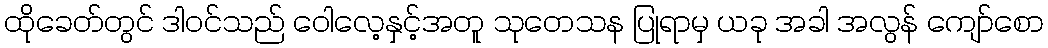
ထိုခေတ်တွင် ဒါဝင်သည် ဝေါလေ့နှင့်အတူ သုတေသန ပြုရာမှ ယခု အခါ အလွန် ကျော်စော